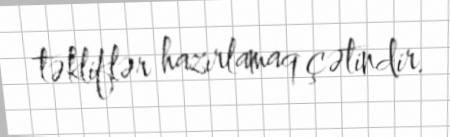
təkliflər hazırlamaq çətindir.